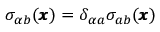
\sigma _ { \alpha b } ( { \pmb x } ) = \delta _ { \alpha a } \sigma _ { a b } ( { \pmb x } )